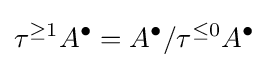
\tau ^{\geq 1}A^{\bullet }=A^{\bullet }/\tau ^{\leq 0}A^{\bullet }